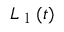
L _ { \mathrm { ~ l ~ } } ( t )